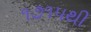
૧૭૧૫થી